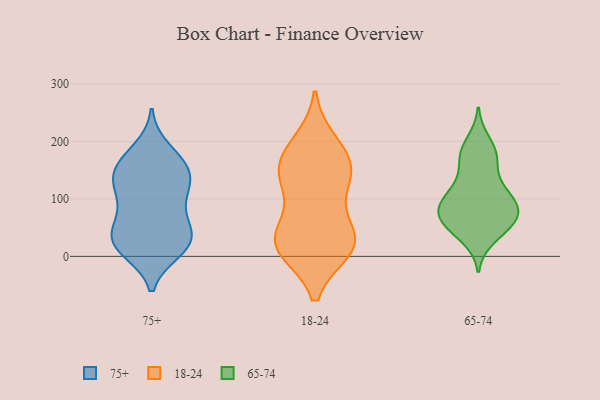
{"axis": {"x": "Market Share (%)", "y": "Value"}, "legend": ["18-24", "65-74", "75+"], "data": [{"x": "", "y": 115, "type": "75+"}, {"x": "", "y": 163, "type": "75+"}, {"x": "", "y": 39, "type": "75+"}, {"x": "", "y": 23, "type": "75+"}, {"x": "", "y": 161, "type": "75+"}, {"x": "", "y": 67, "type": "75+"}, {"x": "", "y": 21, "type": "75+"}, {"x": "", "y": 152, "type": "75+"}, {"x": "", "y": 90, "type": "75+"}, {"x": "", "y": 119, "type": "75+"}, {"x": "", "y": 11, "type": "75+"}, {"x": "", "y": 25, "type": "75+"}, {"x": "", "y": 127, "type": "75+"}, {"x": "", "y": 58, "type": "75+"}, {"x": "", "y": 39, "type": "75+"}, {"x": "", "y": 186, "type": "75+"}, {"x": "", "y": 10, "type": "75+"}, {"x": "", "y": 154, "type": "75+"}, {"x": "", "y": 127, "type": "75+"}, {"x": "", "y": 47, "type": "18-24"}, {"x": "", "y": 20, "type": "18-24"}, {"x": "", "y": 152, "type": "18-24"}, {"x": "", "y": 129, "type": "18-24"}, {"x": "", "y": 131, "type": "18-24"}, {"x": "", "y": 19, "type": "18-24"}, {"x": "", "y": 185, "type": "18-24"}, {"x": "", "y": 198, "type": "18-24"}, {"x": "", "y": 50, "type": "18-24"}, {"x": "", "y": 15, "type": "18-24"}, {"x": "", "y": 137, "type": "18-24"}, {"x": "", "y": 21, "type": "18-24"}, {"x": "", "y": 12, "type": "18-24"}, {"x": "", "y": 165, "type": "18-24"}, {"x": "", "y": 42, "type": "65-74"}, {"x": "", "y": 125, "type": "65-74"}, {"x": "", "y": 32, "type": "65-74"}, {"x": "", "y": 67, "type": "65-74"}, {"x": "", "y": 87, "type": "65-74"}, {"x": "", "y": 117, "type": "65-74"}, {"x": "", "y": 52, "type": "65-74"}, {"x": "", "y": 177, "type": "65-74"}, {"x": "", "y": 64, "type": "65-74"}, {"x": "", "y": 110, "type": "65-74"}, {"x": "", "y": 58, "type": "65-74"}, {"x": "", "y": 178, "type": "65-74"}, {"x": "", "y": 178, "type": "65-74"}, {"x": "", "y": 157, "type": "65-74"}, {"x": "", "y": 70, "type": "65-74"}, {"x": "", "y": 79, "type": "65-74"}, {"x": "", "y": 98, "type": "65-74"}, {"x": "", "y": 91, "type": "65-74"}, {"x": "", "y": 200, "type": "65-74"}, {"x": "", "y": 85, "type": "65-74"}]}